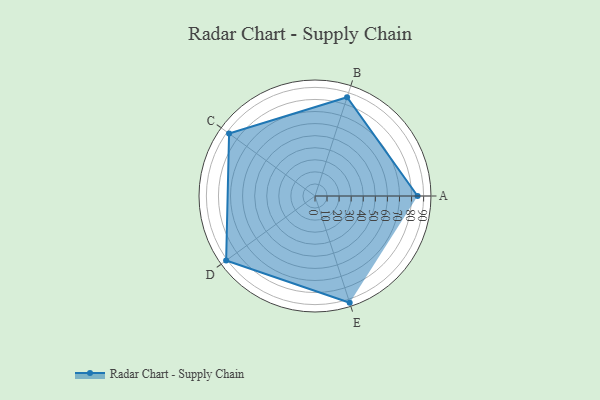
{"axis": {"x": "Skill", "y": "Score"}, "legend": ["Profile"], "data": [{"x": "A", "y": 85.0, "type": "Profile"}, {"x": "B", "y": 86.0, "type": "Profile"}, {"x": "C", "y": 88.0, "type": "Profile"}, {"x": "D", "y": 91.0, "type": "Profile"}, {"x": "E", "y": 93.0, "type": "Profile"}]}